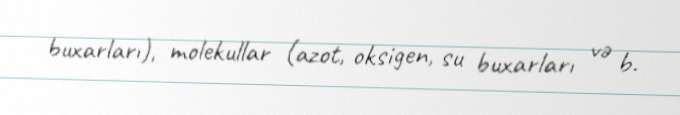
buxarları), molekullar (azot, oksigen, su buxarları və b.